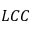
L C C